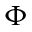
\Phi